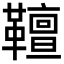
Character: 𩍕